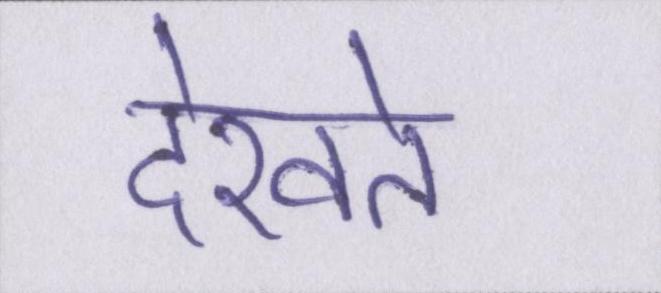
देखते